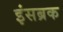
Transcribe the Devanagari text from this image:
इंसब्रक